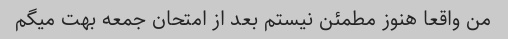
من واقعا هنوز مطمئن نیستم بعد از امتحان جمعه بهت میگم